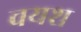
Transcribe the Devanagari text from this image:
वयश